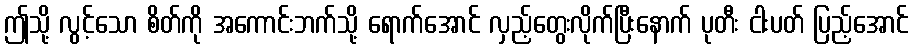
ဤသို့ လွင့်သော စိတ်ကို အကောင်းဘက်သို့ ရောက်အောင် လှည့်တွေးလိုက်ပြီးနောက် ပုတီး ငါးပတ် ပြည့်အောင်